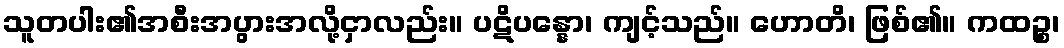
သူတပါး၏အစီးအပွားအလို့ငှာလည်း။ ပဋိပန္နော၊ ကျင့်သည်။ ဟောတိ၊ ဖြစ်၏။ ကထဉ္စ၊